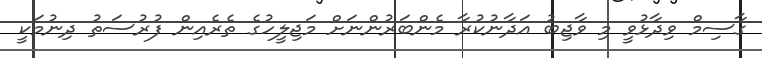
ގާސިމް ވިދާޅުވީ މި ވާޖިބު އަދާނުކުރާ މެންބަރުންނަށް މަޖިލީހުގެ ތެރެއިން ފުރުސަތު ދިނުމަކީ